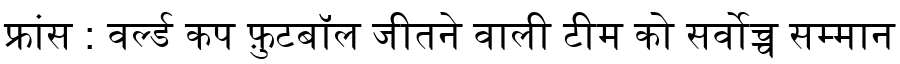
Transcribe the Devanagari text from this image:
फ्रांस : वर्ल्ड कप फ़ुटबॉल जीतने वाली टीम को सर्वोच्च सम्मान